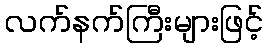
လက်နက်ကြီးများဖြင့်